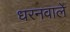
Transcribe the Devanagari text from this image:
धरनवाले